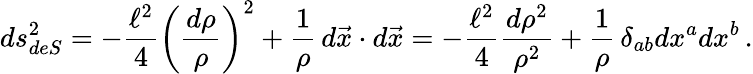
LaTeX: ds_{deS}^{2}=-{\frac{\ell^{2}}{4}}\left({\frac{d\rho}{\rho}}\right)^{2}+{\frac{1}{\rho}}\, d\vec{x}\cdot d\vec{x}=-{\frac{\ell^{2}}{4}}{\frac{d\rho^{2}}{\rho^{2}}}+{\frac{1}{\rho}}\, \delta_{ab}dx^{a}dx^{b}\, .